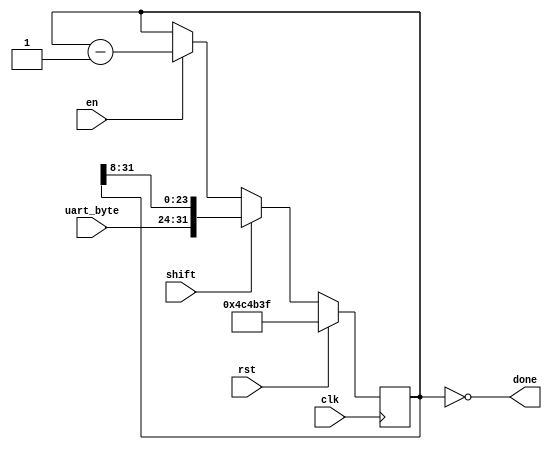
`timescale 1ns / 1ps
//////////////////////////////////////////////////////////////////////////////////
// Company: 
// Engineer: 
// 
// Design Name: 
// Module Name:    sample_counter 
// Project Name: 
// Target Devices: 
// Tool versions: 
// Description: 
//
// Dependencies: 
//
// Revision: 
// Revision 0.01 - File Created
// Additional Comments: 
//
//////////////////////////////////////////////////////////////////////////////////
module sample_counter
#(parameter NSAMPLES = 32'd5000000, // Default samples
            LOG2_NSAMPLES = 32      // log2 NSAMPLES
)
(
    input clk,
    input rst,
    input en,
    input shift,
    input [7:0] uart_byte,
    
    output done
);

    // reg [LOG2_NSAMPLES-1:0] count = 0;
    reg [31:0] count = 0;
    
    always @(posedge clk)
        if (rst)
            count <= NSAMPLES - 1;
        else if (shift)
                count <= {uart_byte, count[31:8]}; // right shift. load LSB first and MSB last
                else if (en)
                    count <= count - 1;
    
    assign done = count == 0;
    
endmodule